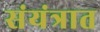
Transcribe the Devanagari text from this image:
संयंत्रात